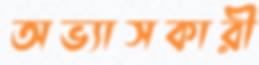
অভ্যাসকারী